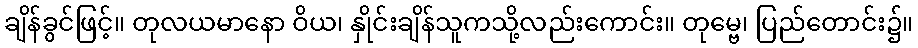
ချိန်ခွင်ဖြင့်။ တုလယမာနော ဝိယ၊ နှိုင်းချိန်သူကသို့လည်းကောင်း။ တုမ္ဗေ၊ ပြည်တောင်း၌။